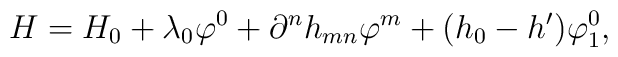
H = H_{0} + \lambda_{0}\varphi^{0} + \partial^{n}h_{mn}\varphi^{m} + ( h_{0} - h')\varphi_{1}^{0} ,